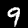
Label: 9